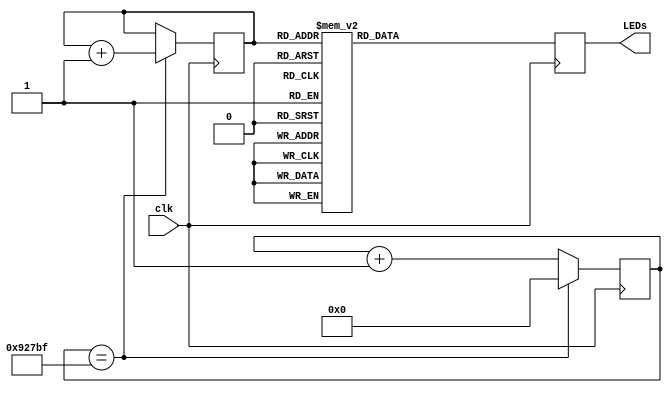
/* 	
File name: LEDchaser
Module Function: The 8 LED on STEPFPGA board sequentially turning ON and OFF

This example code can also be found in Chapter 5.1 of the STEPFPGA tutorial book written by EIM Technology.
Website: www.eimtechnology.com

Copyright License: MIT
*/

module LEDchaser  (
    input clk,
    output reg [7:0] LEDs
) ;

/********************** Defining the 8 states with binary numbers *********************/
parameter   S0 = 3'b000,   
            S1 = 3'b001,   
            S2 = 3'b010,   
            S3 = 3'b011,   
            S4 = 3'b100,   
            S5 = 3'b101,   
            S6 = 3'b110,   
            S7 = 3'b111; 

/***********************  Describing the LED actions in each state  **********************
	>> According to the state diagram in the book, the LEDs lighting pattern
	in each state is different; there is only 1 LED turning on at each state so
	the rest bits should be 1 (LED is connected via inverting logic.
*******************************************************************************************/
reg [2: 0] state;                   
always @ (posedge clk)   begin     
    case   (state)  
        S0:  LEDs = 8'b11111110;  
        S1:  LEDs = 8'b11111101;  
        S2:  LEDs = 8'b11111011;  
        S3:  LEDs = 8'b11110111;  
        S4:  LEDs = 8'b11101111;  
        S5:  LEDs = 8'b11011111;  
        S6:  LEDs = 8'b10111111;  
        S7:  LEDs = 8'b01111111;  
    endcase
end

/***********************  Enable jumping among different states  **********************
	>> The time interval between the ON and OFF time of two adjacent LEDs is 50ms
	which is equal to 600000 counts of a 12MHz clock; use a counter for 24-bits to 
	hold enough space for 600000.
*******************************************************************************************/
reg [23: 0] cnt; 
parameter CNT_NUM = 600000;       
always @  (posedge clk)   begin
    if   (cnt == CNT_NUM-1)  
        cnt <= 20'b0; 
    else
        cnt <= cnt + 1'b1;           
end
always @  (posedge clk)   begin
    if   (cnt == CNT_NUM-1)  
        state <= state + 1'b1; 
end
endmodule